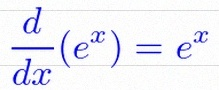
\frac{d}{dx}(e^x)=e^x